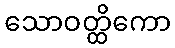
သောဝတ္ထိကော